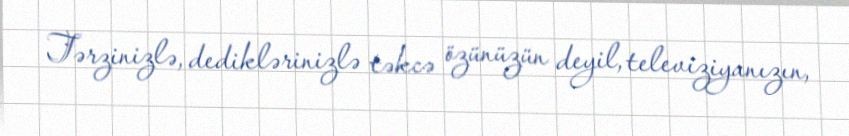
Tərzinizlə, dediklərinizlə təkcə özünüzün deyil, televiziyanızın,